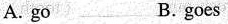
A. go B.goes